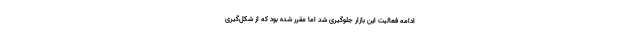
ادامه فعالیت این بازار جلوگیری شد اما مقرر شده بود که از شکل‌گیری